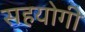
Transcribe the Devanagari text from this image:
सहयाेगी